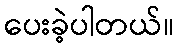
ပေးခဲ့ပါတယ်။